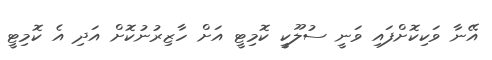
އޭނާ ވަކިކޮށްފައި ވަނީ ސުލޫކީ ކޮމިޓީ އަށް ހާޒިރުނުކޮށް އަދި އެ ކޮމިޓީ